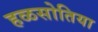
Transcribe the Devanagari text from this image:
हळसोतिया